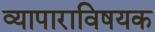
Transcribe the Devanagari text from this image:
व्यापाराविषयक